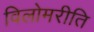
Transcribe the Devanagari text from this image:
विलोमरीति